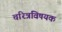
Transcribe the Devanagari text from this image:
चरित्रविषयक